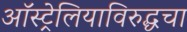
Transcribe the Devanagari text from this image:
ऑस्ट्रेलियाविरुद्धचा